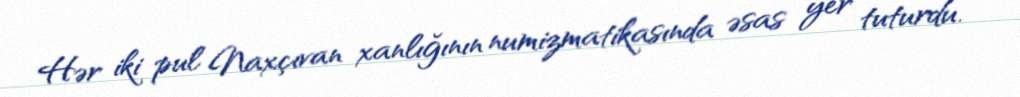
Hər iki pul Naxçıvan xanlığının numizmatikasında əsas yer tuturdu.